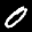
Label: 0